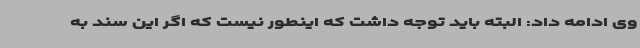
وی ادامه داد: البته باید توجه داشت که اینطور نیست که اگر این سند به